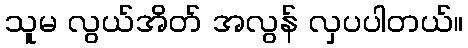
သူမ လွယ်အိတ် အလွန် လှပပါတယ်။